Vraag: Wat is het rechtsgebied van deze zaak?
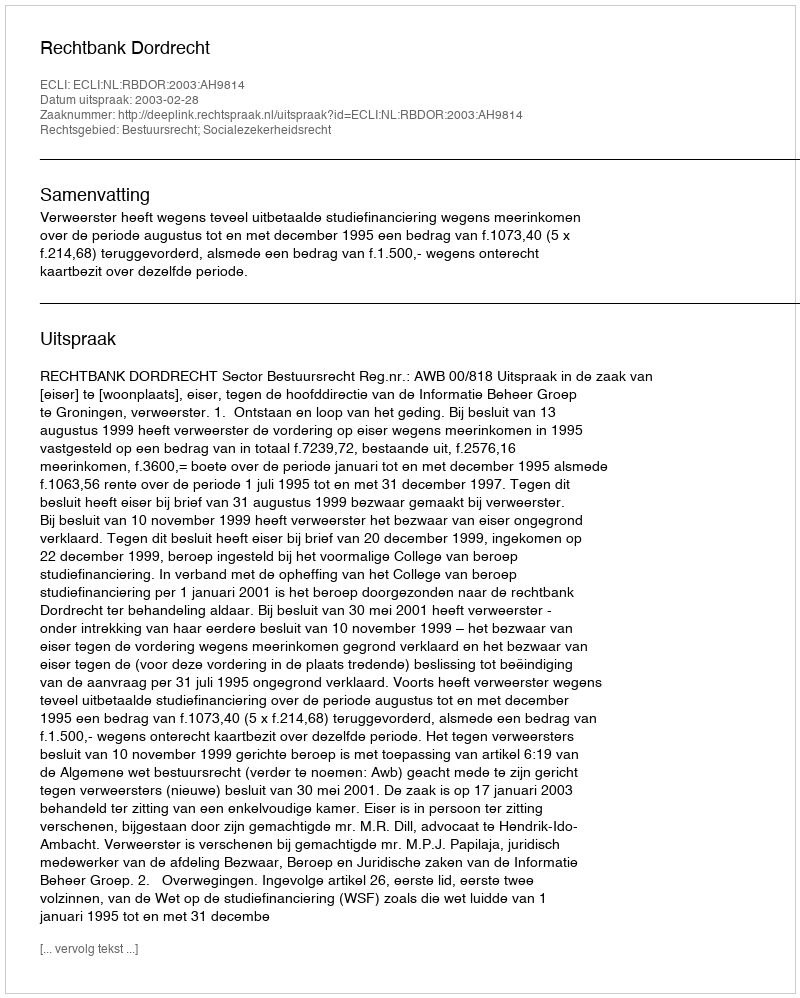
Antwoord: Bestuursrecht; Socialezekerheidsrecht